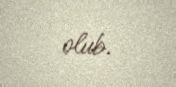
olub.